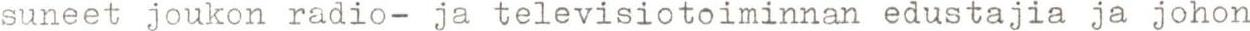
suneet joukon radio- ja televisiotoiminnan edustajia ja johon